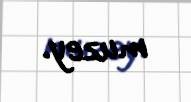
muzey.